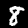
Digit: 8